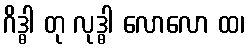
ဂိဒ္ဓါ တု လုဒ္ဓါ လောလော ထ၊